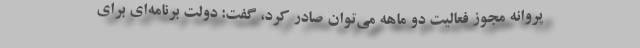
پروانه مجوز فعالیت دو ماهه می‌توان صادر کرد، گفت: دولت برنامه‌ای برای